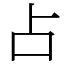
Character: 占